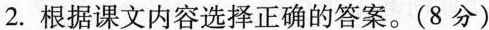
2.根据课文内容选择正确的答案。(8分)